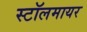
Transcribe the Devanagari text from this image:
स्टॉलमायर